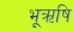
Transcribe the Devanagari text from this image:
भूऋषि